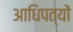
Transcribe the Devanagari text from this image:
आधिपत्यों